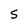
Character: S